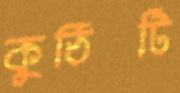
কুঠিটি